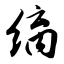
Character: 缡